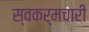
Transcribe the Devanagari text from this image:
स्वकर्मचारी